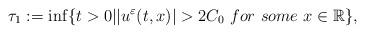
LaTeX: \begin{align*}\tau _1 :=\inf \{t >0 | |u^\varepsilon (t,x)| > 2C_0\ for\ some\ x\in \mathbb{R} \}, \end{align*}